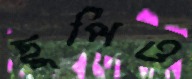
ছুপিও